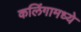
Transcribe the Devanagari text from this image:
कलिंगामध्ये